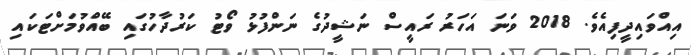
އިއްވައިދީފިއެވެ. 2018 ވަނަ އަހަރު ރައީސް ނަޝީދުގެ ނަންފުޅު ވޯޓު ކަރުދާހުގައި ބޭއްވުމަށްޓަކައި